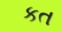
કત